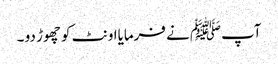
آپﷺ نے فرمایااونٹ کو چھوڑ دو ۔